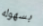
بسهوله